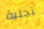
تجلبه